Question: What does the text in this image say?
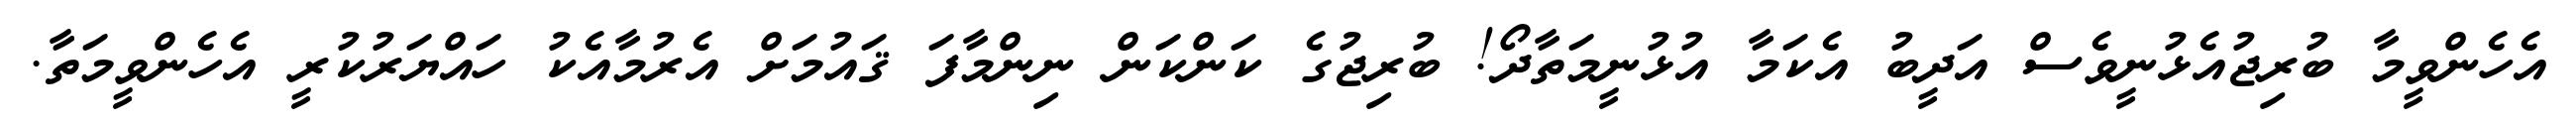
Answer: އެހެންވީމާ ބުރިޖުއެޅުނީވެސް އަދީބު އެކަމާ އުޅުނީމަތާދޯ! ބުރިޖުގެ ކަންކަން ނިންމާފަ ޤައުމަށް އެރުމާއެކު ހައްޔަރުކުރީ އެހެންވީމަތާ.